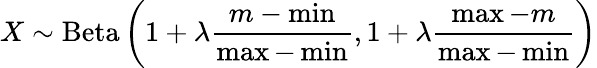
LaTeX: X\sim\operatorname{Beta}\left(1+\lambda{\frac{m-\operatorname*{min}}{\operatorname*{max}-\operatorname*{min}}},1+\lambda{\frac{\operatorname*{max}-m}{\operatorname*{max}-\operatorname*{min}}}\right)